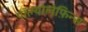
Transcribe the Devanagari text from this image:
पॉल्योलेफ़िन्स